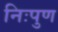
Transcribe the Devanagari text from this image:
निःपुण